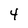
Character: 4